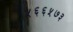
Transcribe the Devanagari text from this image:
५६६५७३